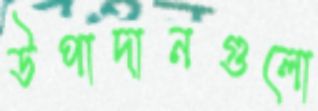
উপাদানগুলো